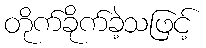
တိုက်ခိုက်ခဲ့သဖြင့်